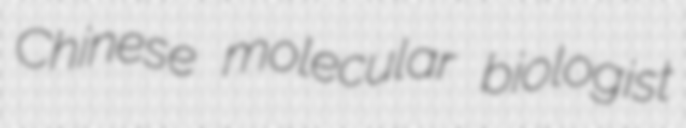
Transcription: Chinese molecular biologist